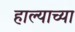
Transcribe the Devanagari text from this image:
हाल्याच्या